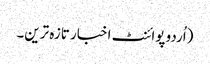
(اُردو پوائنٹ اخبار تازہ ترین۔